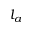
l _ { a }